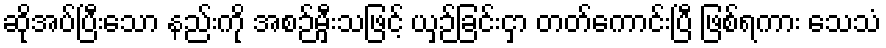
ဆိုအပ်ပြီးသော နည်းကို အစဉ်မှီးသဖြင့် ယှဉ်ခြင်းငှာ တတ်ကောင်းပြီ ဖြစ်ရကား သေသံ